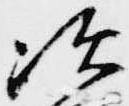
次